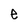
Character: e